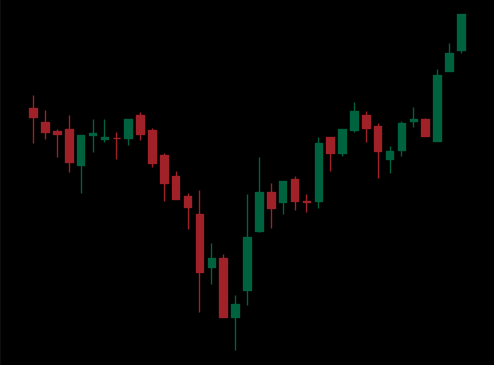
Pattern: inverse_head_shoulders